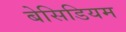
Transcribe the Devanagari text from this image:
बेसिडियम